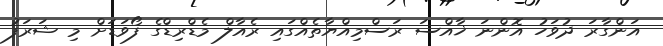
އަންގާރަ ދުވަހު އޮންނަ ޚާއްސަ ރަސްމިއްޔާތެއްގައި ރެއާލް މެޑްރިޑްގެ ފޯވަޑަށް މި ޝަރަފު